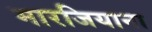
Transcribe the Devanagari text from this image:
मारजियाना